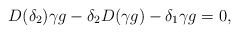
\begin{align*}D(\delta_2) \gamma g - \delta_2 D(\gamma g) - \delta_1 \gamma g = 0,\end{align*}